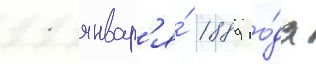
11 январ'я́ 1889 го́да